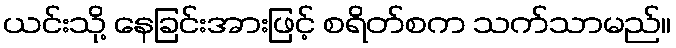
ယင်းသို့ နေခြင်းအားဖြင့် စရိတ်စက သက်သာမည်။